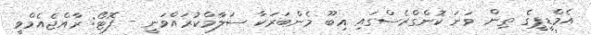
އެމްޑީޕީގެ ތިން ވަނަ ކޮންގްރެސްގައި އިބޫ މެންބަރަކާ ސަލާމްކުރައްވަނީ - ފޮޓޯ: ރާއްޖެއެމްވީ